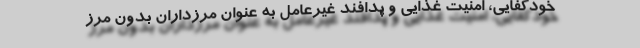
خودکفایی، امنیت غذایی و پدافند غیرعامل به عنوان مرزداران بدون مرز